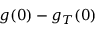
g ( 0 ) - g _ { T } ( 0 )